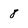
Character: 8